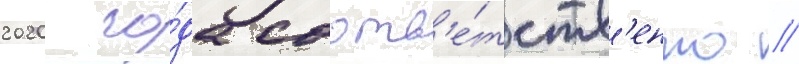
2020 го́да соотв'е́тств'енно //